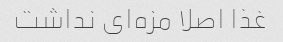
غذا اصلا مزه‌ای نداشت